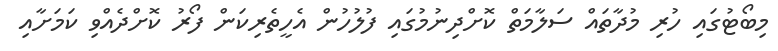
މިބޯޓުގައި ހުރި މުދާތައް ސަލާމަތް ކޮށްދިނުމުގައި ފުލުހުން އެހީތެރިކަން ފޯރު ކޮށްދެއްވި ކަމަށާއި